Leningradi_Edasi_toimetus, lk 100
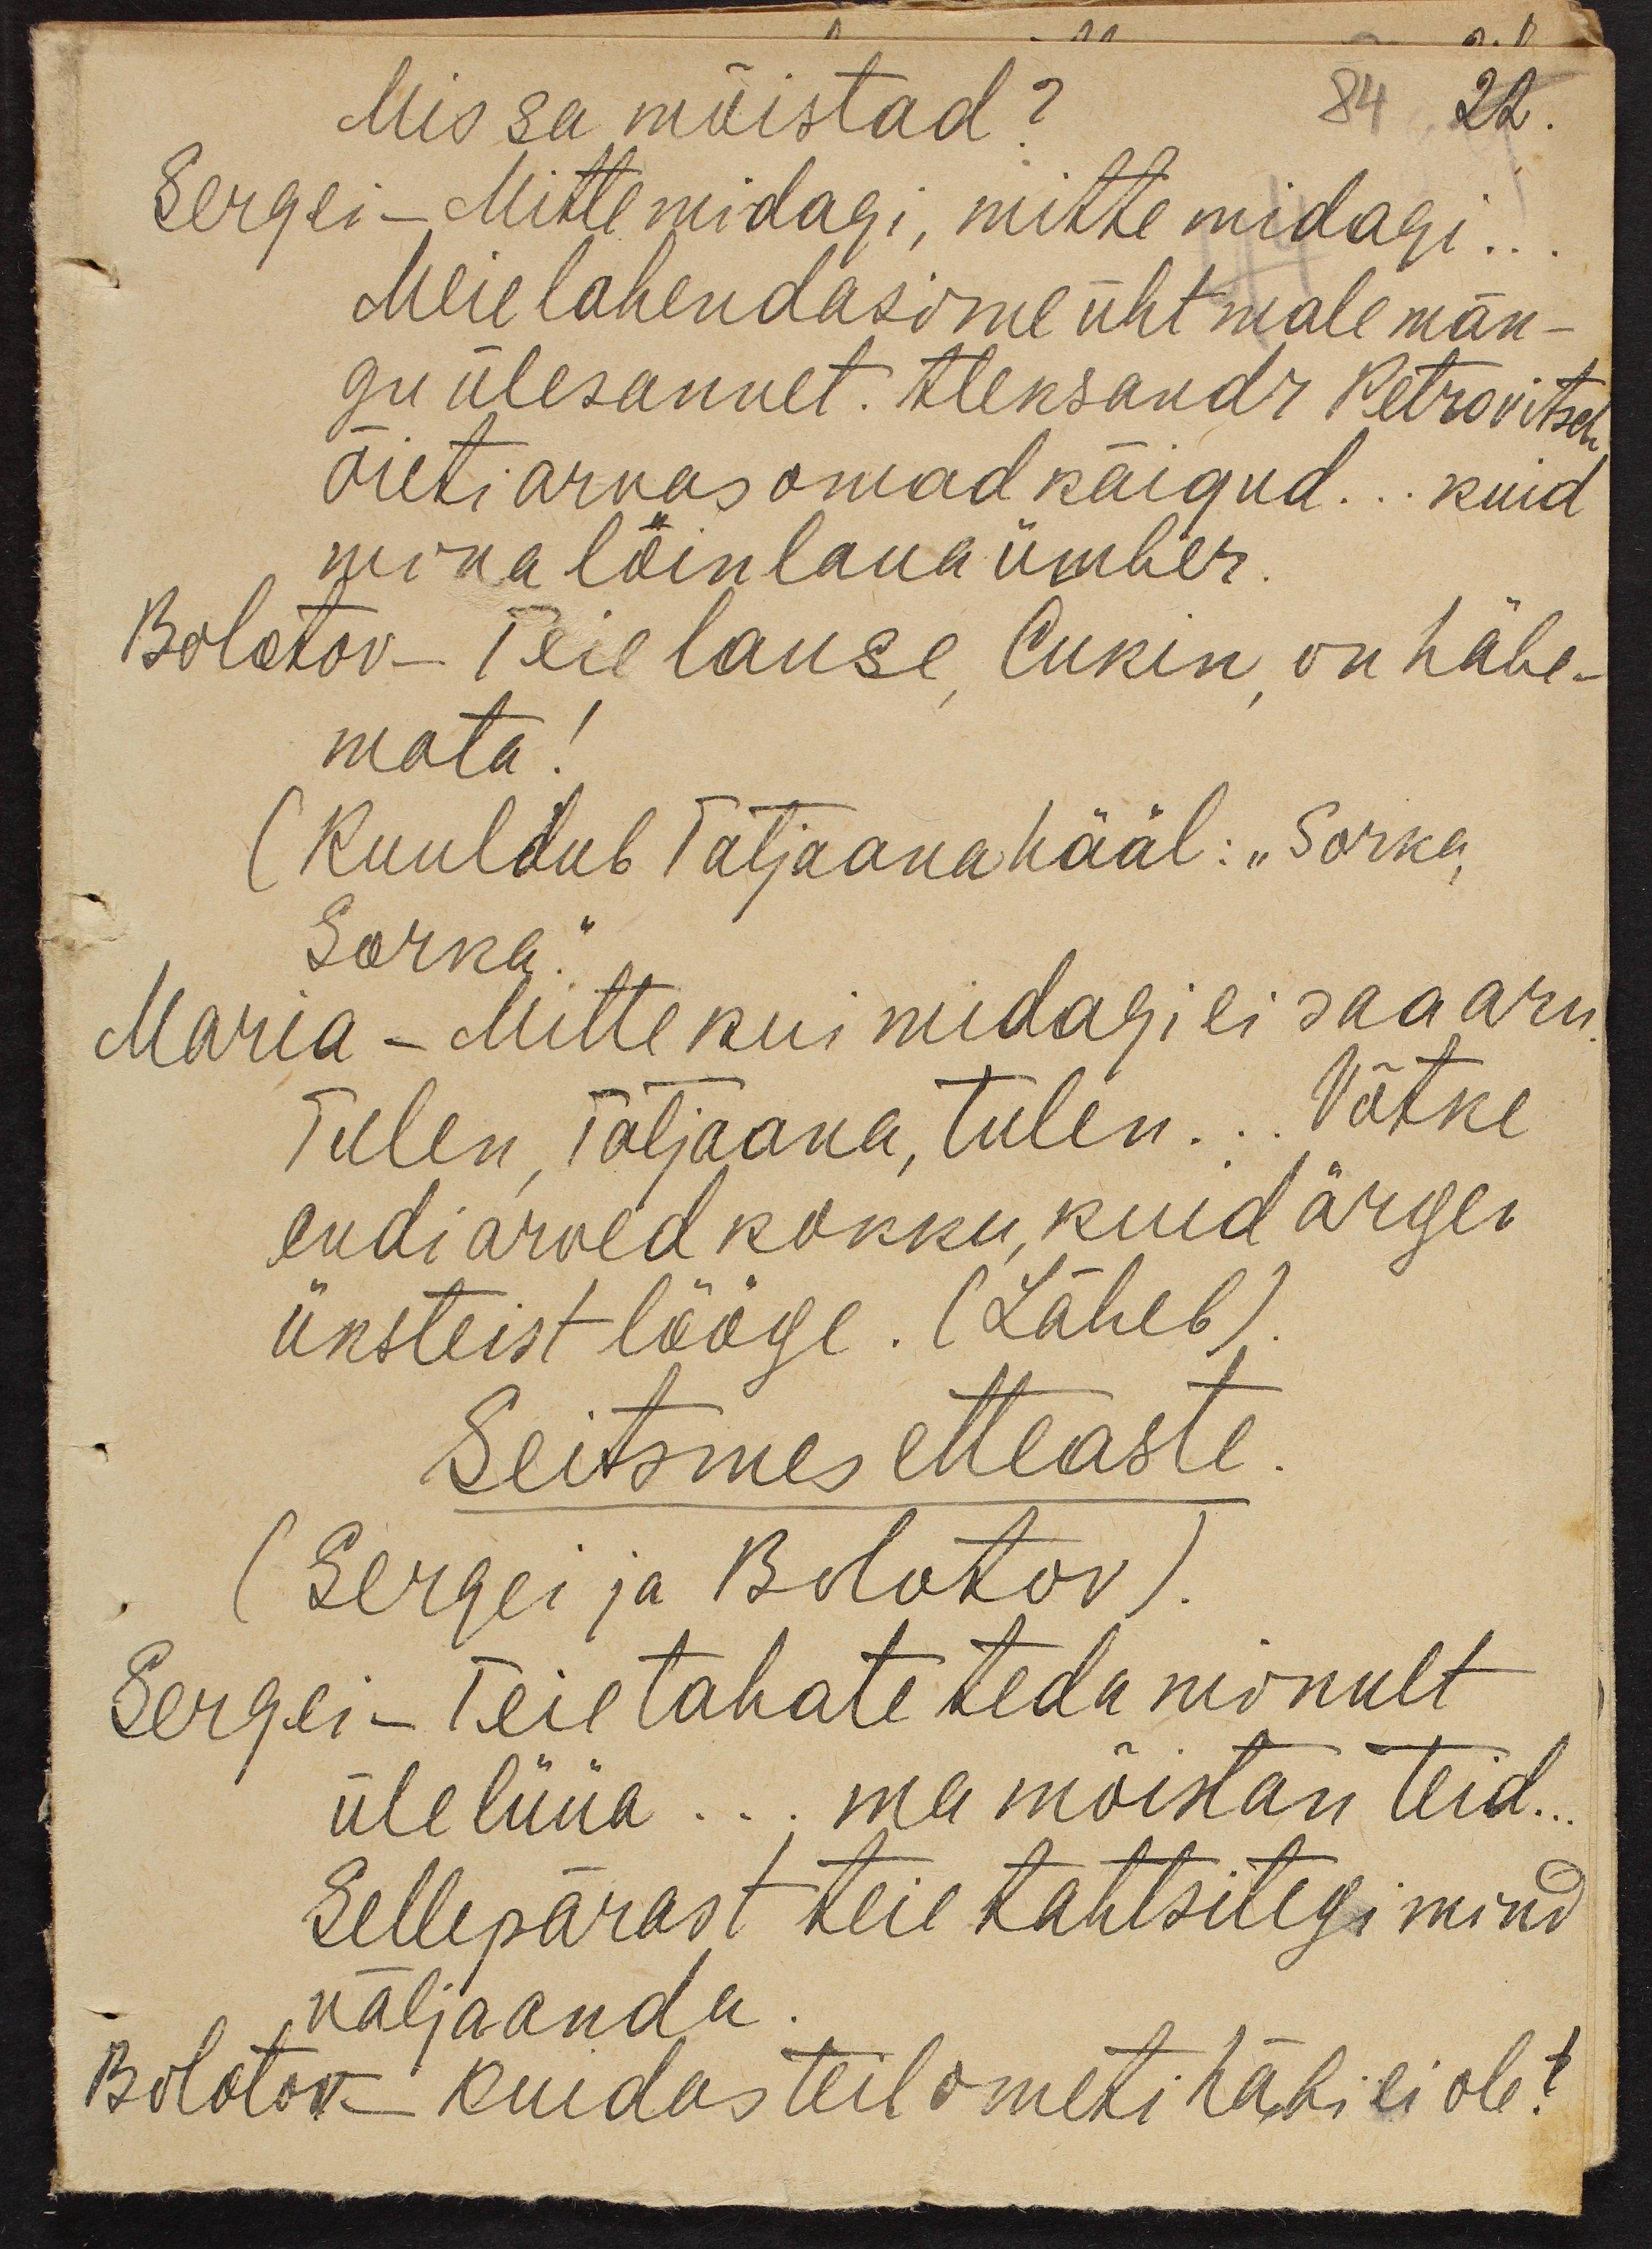
Mis sa mõistad?
84 22.
Sergei - Mitte midagi, mitte midagi..
Meie lahendasime üht male män-
gu ülesannet. Aleksandr Petrovitsch
õieti arvas omad käigud... kuid
mina lõin laua ümber
Bolotov - Teie lause, Cukin, on häbe-
mata!
(Kuuldub Tatjaana hääl: "Sorka,
Sorka
Maria - Mitte kui midagi ei saa aru
Tulen, Tatjaana, tulen... Võtke
endi arved kokku, kuid ärge
üksteist lööge. (Läheb)
Seitsmes etteaste
(Sergei ja Bolotov)
Sergei - Teie tahate teda minult
üle lüüa ... ma mõistan teid...
Sellepärast teie tahtsitegi mind
väljaanda
Bolotov - Kuidas teil ometi häbi ei ole!